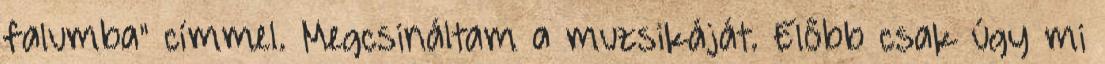
falumba" címmel. Megcsináltam a muzsikáját. Előbb csak úgy mi